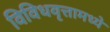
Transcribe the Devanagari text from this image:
विविधवृत्तामध्ये